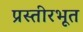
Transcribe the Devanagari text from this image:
प्रस्तीरभूत